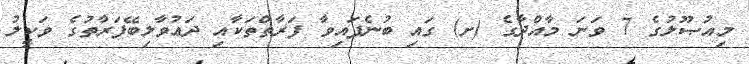
މިއުޞޫލުގެ 7 ވަނަ މާއްދާގެ (ށ) ގައި ބުނެފައިވާ ފަރާތްތަކާއި ދަޢުވާލިބޭފަރާތުގެ ވަކީލު